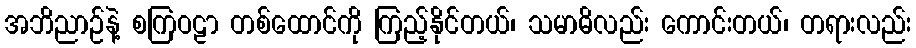
အဘိညာဉ်နဲ့ စကြဝဠာ တစ်ထောင်ကို ကြည့်နိုင်တယ်၊ သမာဓိလည်း ကောင်းတယ်၊ တရားလည်း